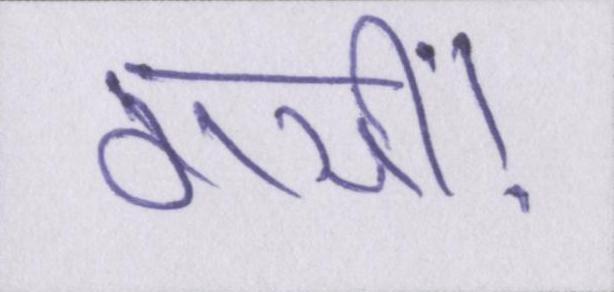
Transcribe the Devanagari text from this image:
गयीं।